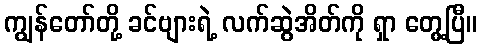
ကျွန်တော်တို့ ခင်ဗျားရဲ့ လက်ဆွဲအိတ်ကို ရှာ တွေ့ပြီ။